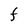
Character: F